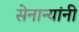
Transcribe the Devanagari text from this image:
सेनान्यांनी